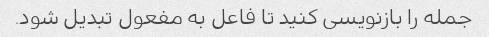
جمله را بازنویسی کنید تا فاعل به مفعول تبدیل شود.